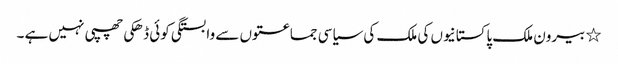
٭	بیرون ملک پاکستانیوں کی ملک کی سیاسی جماعتوں سے وابستگی کوئی ڈھکی چھپی نہیں ہے ۔